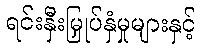
ရင်းနှီးမြှုပ်နှံမှုများနှင့်